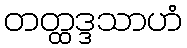
တတ္ထဒ္ဒသာဟံ